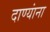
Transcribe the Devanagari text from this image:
दाण्यांना